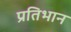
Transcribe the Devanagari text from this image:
प्रतिभान